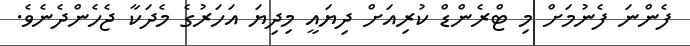
ފެންނަ ފެނުމަށް މި ޓްރެންޑް ކުރިއަށް ދިޔައީ މިދިޔަ އަހަރުގެ މެދަކާ ޖެހެންދެނެވެ.